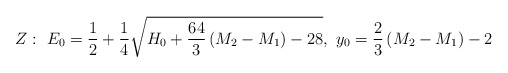
\begin{align*}Z:~E_0={1\over 2}+{1\over 4}\sqrt{H_0+{64\over 3}\left(M_2-M_1\right)-28},~y_0={2\over 3}\left(M_2-M_1\right)-2\end{align*}